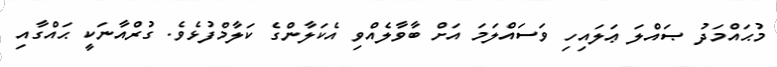
މުޙައްމަދު ޞައްލަ ޢަލައިހި ވަސައްލަމަ އަށް ބާވާލެއްވި އެކަލާންގެ ކަލާމްފުޅެވެ. ގުރްއާނަކީ ޙައްގާއި